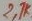
Text: 27K